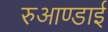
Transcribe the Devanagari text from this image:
रुआण्डाई